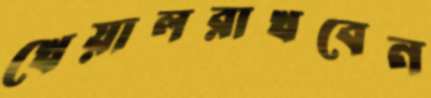
খেয়ালরাখবেন